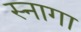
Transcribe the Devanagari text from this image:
स्नागा